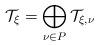
LaTeX: \begin{align*} \mathcal{T}_\xi = \bigoplus_{\nu \in P}\mathcal{T}_{\xi,\nu}\end{align*}